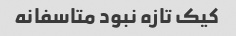
کیک تازه نبود متاسفانه